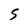
Character: s